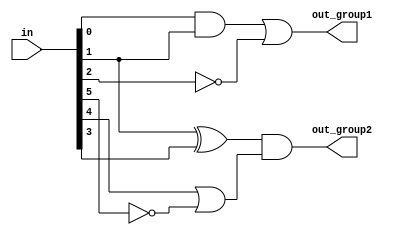
module overlapping_groups (
    input  wire [7:0] in,           // 8-bit input vector
    output wire out_group1,         // Output from group 1
    output wire out_group2          // Output from group 2
);

// Group 1 implementation
// Logic function: out_group1 = (in[0] AND in[1]) OR (NOT in[2])
wire group1_and_result;
wire group1_not_result;

assign group1_and_result = in[0] & in[1]; // AND operation
assign group1_not_result = ~in[2];         // NOT operation
assign out_group1 = group1_and_result | group1_not_result; // OR operation

// Group 2 implementation
// Logic function: out_group2 = (in[1] XOR in[3]) AND (in[4] OR NOT in[5])
wire group2_xor_result;
wire group2_or_result;

assign group2_xor_result = in[1] ^ in[3]; // XOR operation
assign group2_or_result = in[4] | ~in[5];  // OR with NOT operation
assign out_group2 = group2_xor_result & group2_or_result; // AND operation

endmodule